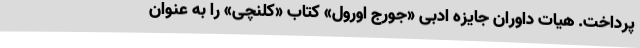
پرداخت. هیات داوران جایزه ادبی «جورج اورول» کتاب «کلنچی» را به عنوان